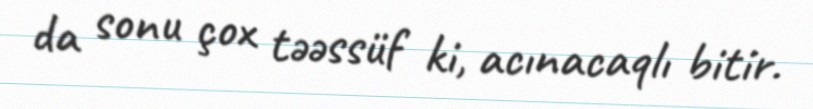
da sonu çox təəssüf ki, acınacaqlı bitir.